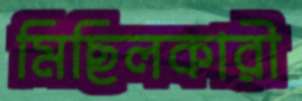
মিছিলকারী